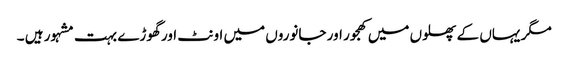
مگر یہاں کے پھلوں میں کھجور اور جانوروں میں اونٹ اور گھوڑے بہت مشہور ہیں ۔